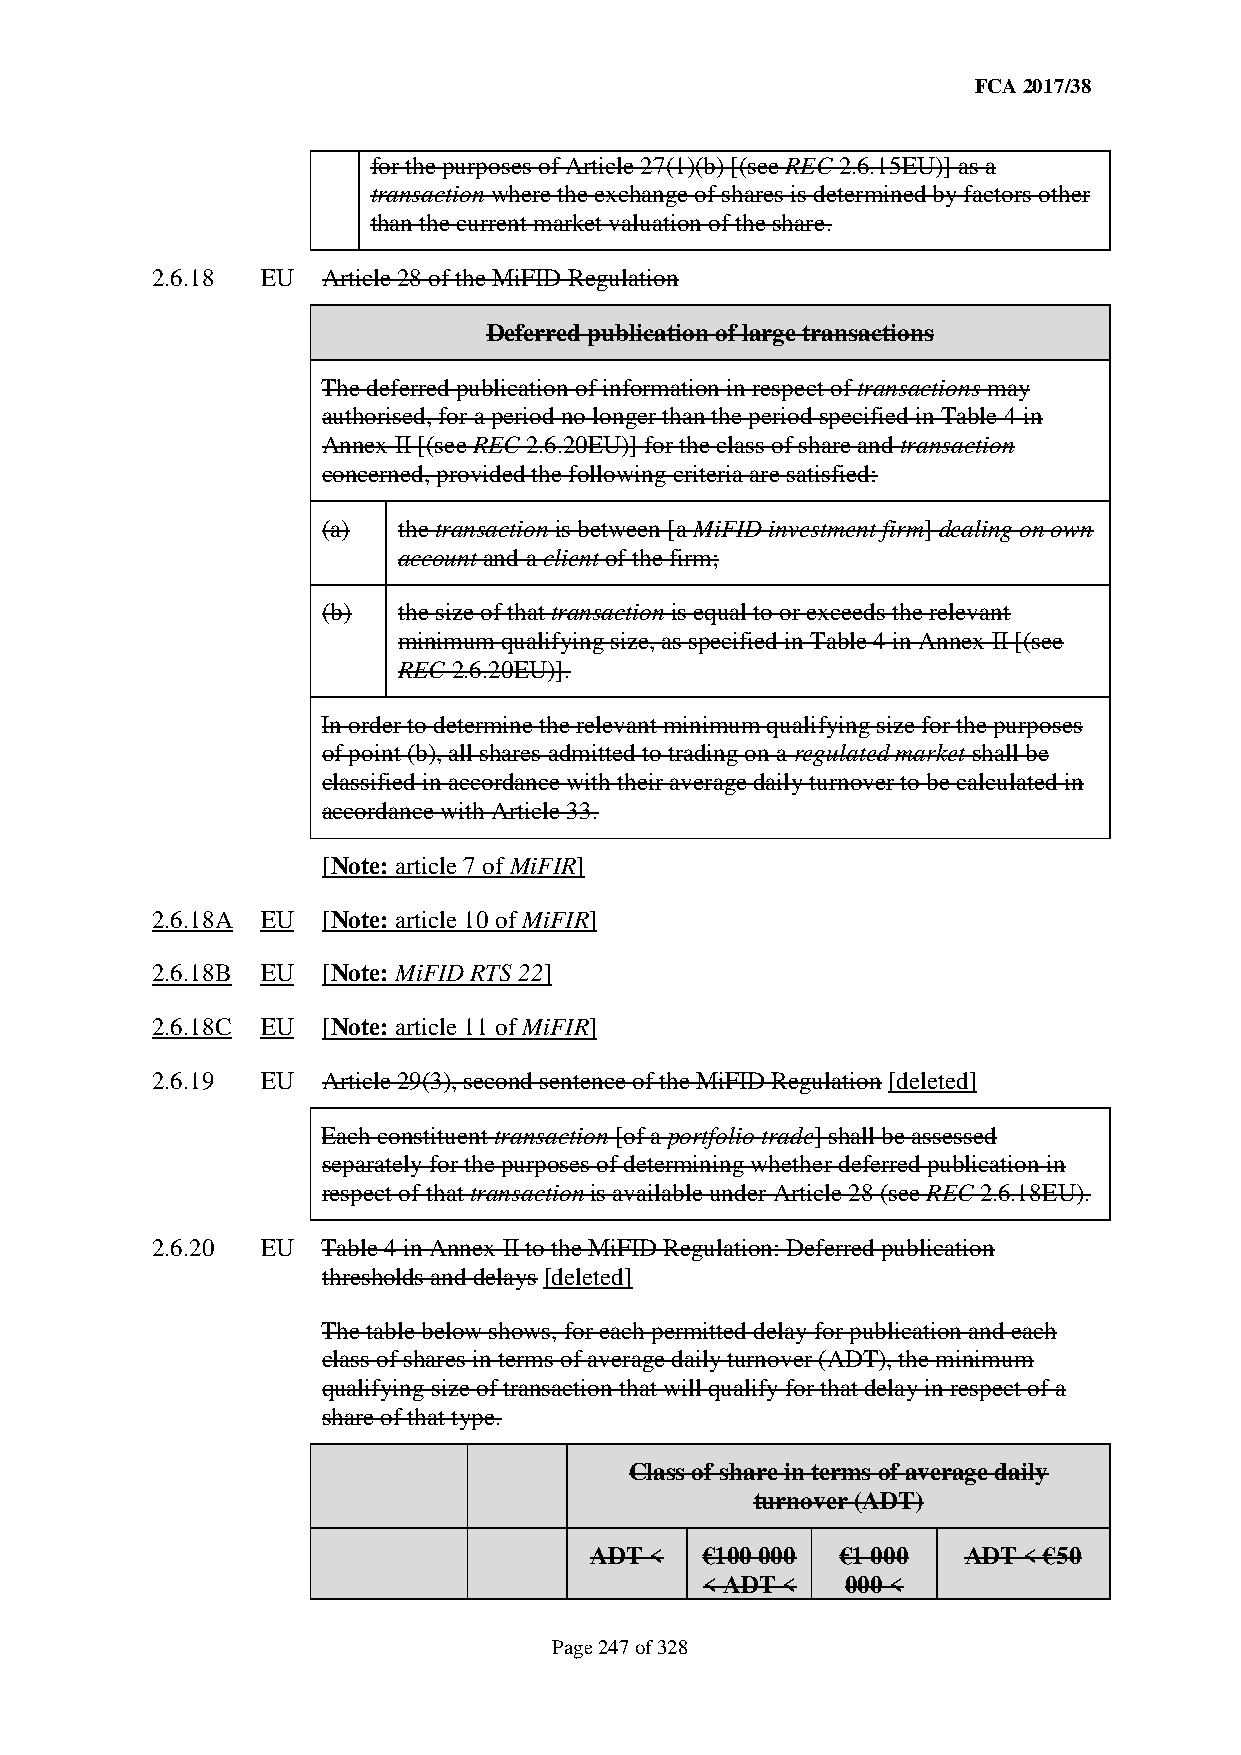
FCA 2017/38
 for the purposes of Article 27(1)(b) [(see REC 2.6.15EU)] as a
 transaction where the exchange of shares is determined by factors other
 than the current market valuation of the share.
 2.6.18 EU  Article 28 of the MiFID Regulation
 Deferred publication of large transactions
 The deferred publication of information in respect of transactions may
 authorised, for a period no longer than the period specified in Table 4 in
 Annex II [(see REC 2.6.20EU)] for the class of share and transaction
 concerned, provided the following criteria are satisfied:
 (a)  the transaction is between [a MiFID investment firm] dealing on own
 account and a client of the firm;
 (b)  the size of that transaction is equal to or exceeds the relevant
 minimum qualifying size, as specified in Table 4 in Annex II [(see
 REC 2.6.20EU)].
 In order to determine the relevant minimum qualifying size for the purposes
 of point (b), all shares admitted to trading on a regulated market shall be
 classified in accordance with their average daily turnover to be calculated in
 accordance with Article 33.
 [Note: article 7 of MiFIR]
 2.6.18A EU [Note: article 10 of MiFIR]
 2.6.18B EU [Note: MiFID RTS 22]
 2.6.18C EU [Note: article 11 of MiFIR]
 2.6.19 EU  Article 29(3), second sentence of the MiFID Regulation [deleted]
 Each constituent transaction [of a portfolio trade] shall be assessed
 separately for the purposes of determining whether deferred publication in
 respect of that transaction is available under Article 28 (see REC 2.6.18EU).
 2.6.20 EU  Table 4 in Annex II to the MiFID Regulation: Deferred publication
 thresholds and delays [deleted]
 The table below shows, for each permitted delay for publication and each
 class of shares in terms of average daily turnover (ADT), the minimum
 qualifying size of transaction that will qualify for that delay in respect of a
 share of that type.
 Class of share in terms of average daily
 turnover (ADT)
 ADT <  €100 000  €1 000  ADT < €50
 < ADT <   000 <
 Page 247 of 328